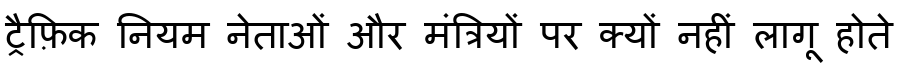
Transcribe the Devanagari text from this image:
ट्रैफ़िक नियम नेताओं और मंत्रियों पर क्यों नहीं लागू होते